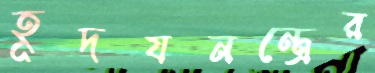
হূদযনন্ত্রের